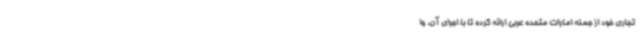
تجاری خود از جمله امارات متحده عربی ارائه کرده تا با اجرای آن، وا